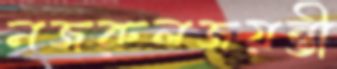
নজরুলজয়ন্তী